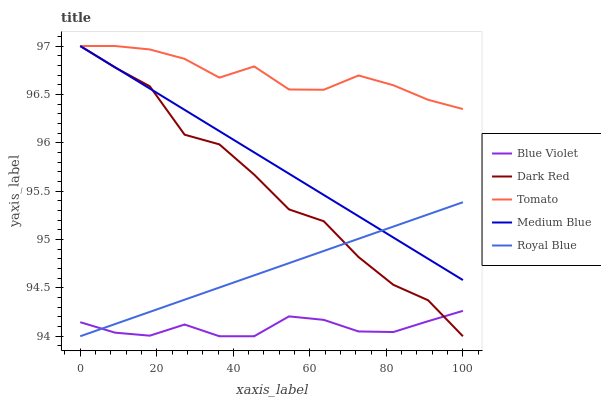
| xaxis_label | Blue Violet | Dark Red | Tomato | Medium Blue | Royal Blue |
 | --- | --- | --- | --- | --- | --- |
 | 0 | 94.1 | 97 | 97 | 97 | 94 |
 | 9.09 | 94 | 96.8 | 97 | 96.8 | 94.1 |
 | 18.2 | 94 | 96.6 | 97 | 96.6 | 94.3 |
 | 27.3 | 94.1 | 96.1 | 96.9 | 96.3 | 94.4 |
 | 36.4 | 94 | 96 | 96.7 | 96.1 | 94.5 |
 | 45.5 | 94 | 95.7 | 96.8 | 95.9 | 94.6 |
 | 54.5 | 94.2 | 95.3 | 96.6 | 95.7 | 94.8 |
 | 63.6 | 94.2 | 95.2 | 96.5 | 95.5 | 94.9 |
 | 72.7 | 94 | 94.8 | 96.7 | 95.2 | 95 |
 | 81.8 | 94 | 94.5 | 96.6 | 95 | 95.1 |
 | 90.9 | 94.2 | 94.4 | 96.4 | 94.8 | 95.3 |
 | 100 | 94.3 | 94 | 96.3 | 94.6 | 95.4 |